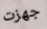
جهزت